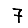
Digit: 7